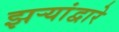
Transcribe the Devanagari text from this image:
झऱ्यांद्वारे